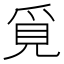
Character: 覓